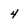
Character: 4